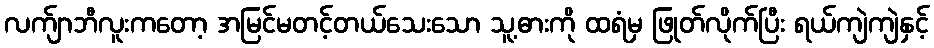
လက်ျာဘီလူးကတော့ အမြင်မတင့်တယ်သေးသော သူ့ဓားကို ထရံမှ ဖြုတ်လိုက်ပြီး ရယ်ကျဲကျဲနှင့်